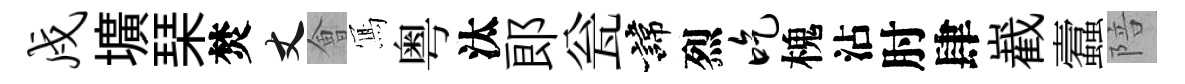
戍壙琹焚丈㑹𭂁粤汰郞瓮諱烈吃槐沾肘肆嶻蠧陪